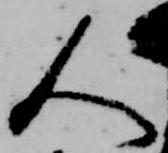
人